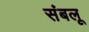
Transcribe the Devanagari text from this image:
संबलू